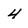
Character: 4